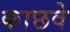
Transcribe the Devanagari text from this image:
काछवे